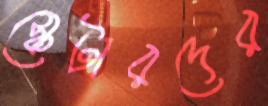
স্কেটারদের